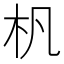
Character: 杋